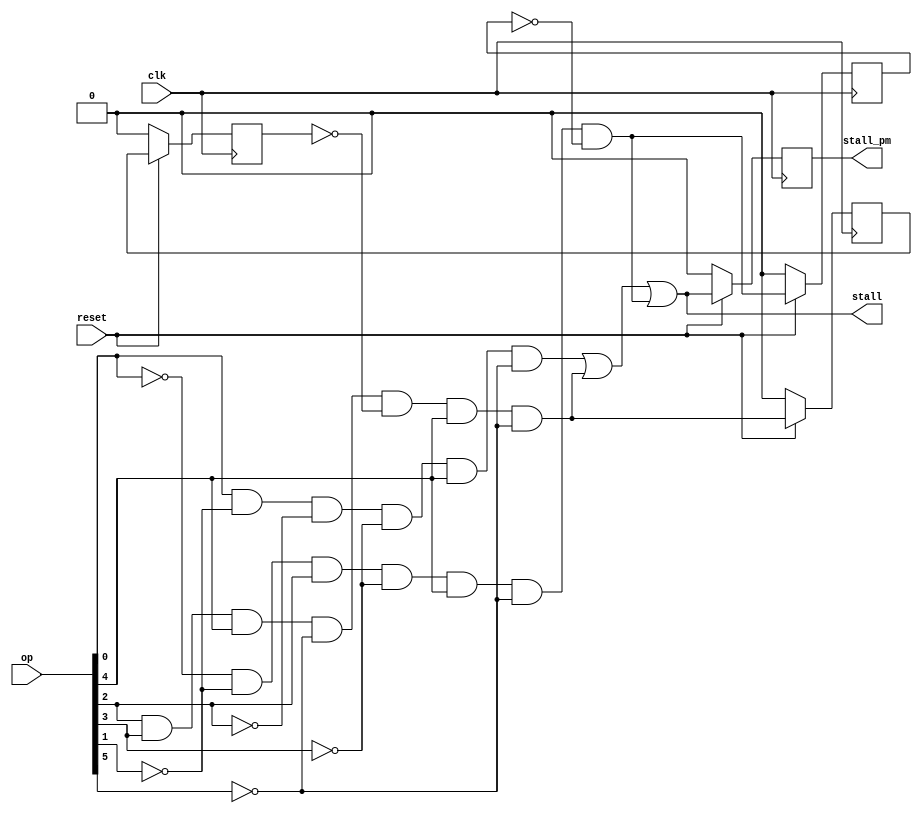
`timescale 1ns / 1ps
//////////////////////////////////////////////////////////////////////////////////
// Company: 
// Engineer: 
// 
// Design Name: 
// Module Name:    stall_control_block 
// Project Name: 
// Target Devices: 
// Tool versions: 
// Description: 
//
// Dependencies: 
//
// Revision: 
// Revision 0.01 - File Created
// Additional Comments: 
//
//////////////////////////////////////////////////////////////////////////////////
module stall_control_block(stall,stall_pm,op,clk,reset);
output stall;
output reg stall_pm;
input[5:0] op;
input clk,reset;

wire hlt,ld,jump;
reg ld1,jp1,jp;

and a1(hlt,op[0],~(op[1]),~(op[2]),~(op[3]),op[4],~(op[5]));
and a2(ld,~(op[0]),~(op[1]),op[2],~(op[3]),op[4],~(op[5]),~(ld1));
and a3(jump,op[2],op[3],op[4],~(op[5]),~(jp1),op[4],~(op[5]));
or o1(stall,hlt,jump,ld);

always@(posedge clk)
begin
	if(reset==1'b0)
	begin 
		ld1<=0;
		stall_pm<=0;
		jp<=0;
		jp1<=0;
	end
	else
	begin
		ld1<=ld;
		jp<=jump;
		stall_pm<=stall;
		jp1<=jp;
	end
end

endmodule